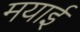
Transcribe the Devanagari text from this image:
मयाई